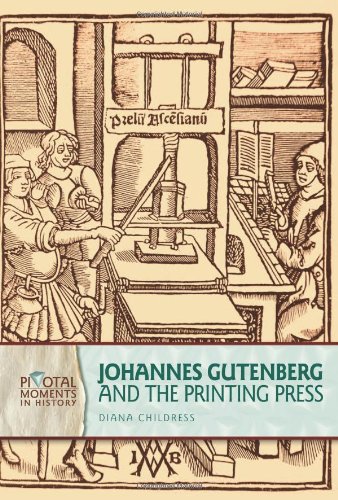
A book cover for Johannes Gutenberg and the Printing Press (Pivotal Moments in History); Diana Childress; Teen & Young Adult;